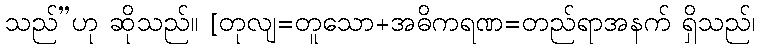
သည်”ဟု ဆိုသည်။ [တုလျ=တူသော+အဓိကရဏ=တည်ရာအနက် ရှိသည်၊